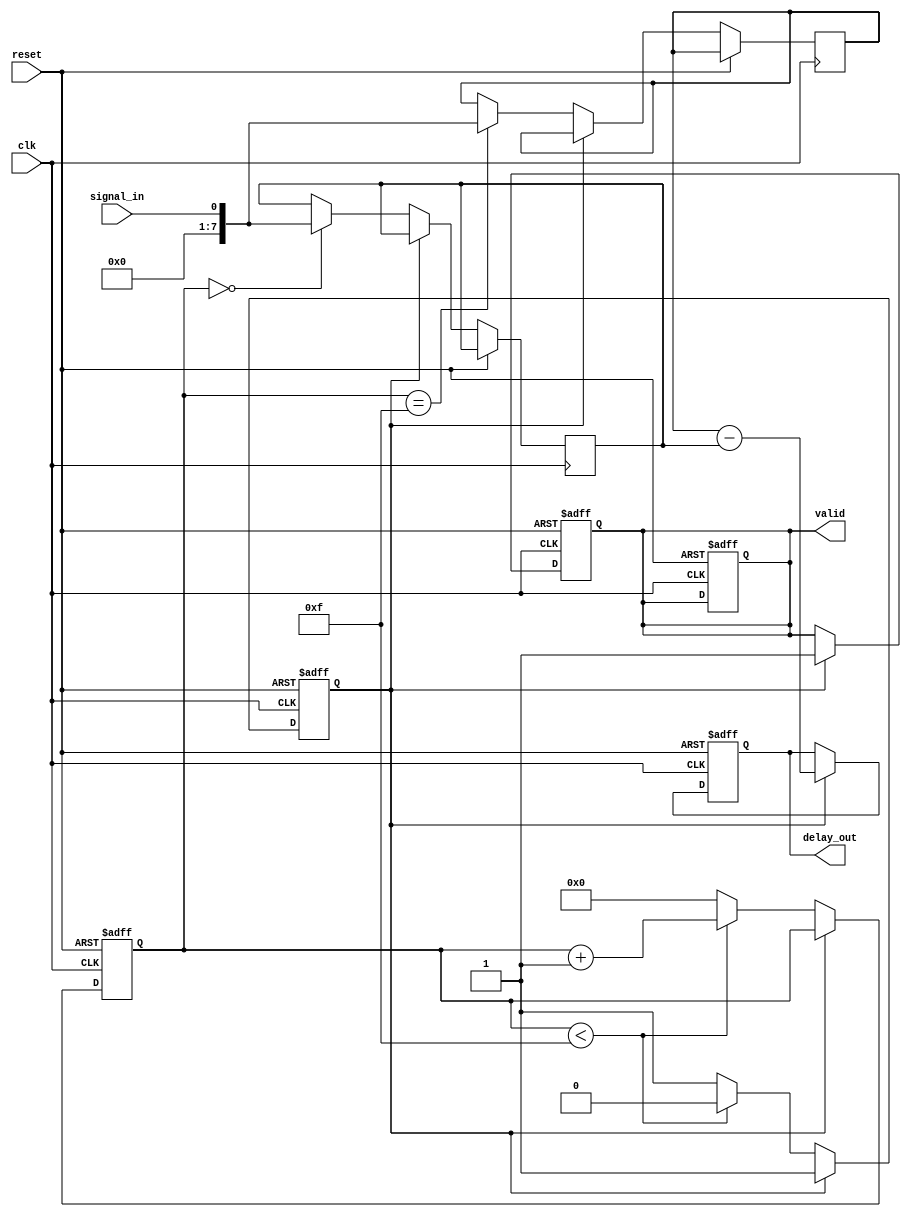
module MemoryBlocksSamplingDelayLineDetector #(
    parameter NUM_SAMPLES = 16,  // Number of memory blocks (samples)
    parameter DATA_WIDTH = 8      // Width of the input signal
)(
    input wire clk,                // Sampling clock
    input wire reset,              // Reset signal
    input wire signal_in,          // Input signal to be sampled
    output reg [DATA_WIDTH-1:0] delay_out, // Output delay measurement result
    output reg valid               // Output valid signal
);

    // Memory blocks to store sampled values
    reg [DATA_WIDTH-1:0] samples [0:NUM_SAMPLES-1];
    integer i;

    // Control logic to manage sampling
    reg [3:0] sample_index;        // Current index for sampling
    reg sampling_done;             // Flag to indicate when sampling is complete

    // State machine for sampling process
    always @(posedge clk or posedge reset) begin
        if (reset) begin
            sample_index <= 0;
            sampling_done <= 0;
            valid <= 0;
        end else begin
            if (sampling_done == 0) begin
                // Capture signal at each clock cycle
                samples[sample_index] <= signal_in;

                // Increment sample index
                if (sample_index < NUM_SAMPLES - 1) begin
                    sample_index <= sample_index + 1;
                end else begin
                    // Sampling complete
                    sampling_done <= 1;
                    sample_index <= 0; // Reset for next sampling cycle
                end
            end
        end
    end

    // Delay measurement logic
    always @(posedge clk or posedge reset) begin
        if (reset) begin
            delay_out <= 0;
            valid <= 0;
        end else if (sampling_done) begin
            // Example delay measurement logic (simple difference calculation)
            // Here we can implement specific logic to compute the delay based on the samples
            // For demonstration, we calculate the difference between the first and last samples
            delay_out <= samples[NUM_SAMPLES-1] - samples[0]; // Simple example
            valid <= 1; // Indicate that the result is valid
        end
    end

endmodule